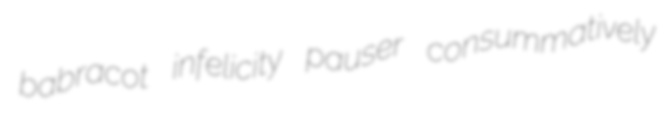
babracot infelicity pauser consummatively